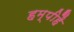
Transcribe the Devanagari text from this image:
हम्पीहै